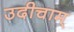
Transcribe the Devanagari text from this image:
उदीचाम्